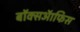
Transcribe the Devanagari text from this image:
बॉक्सऑफिस